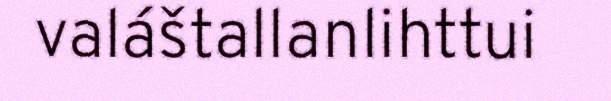
valáštallanlihttui